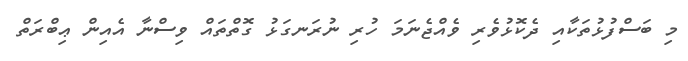
މި ބަސްފުޅުތަކާއި ދެކޮޅުވެރި ވެއްޖެނަމަ ހުރި ނުރަނގަޅު ގޮތްތައް ވިސްނާ އެއިން ޢިބްރަތް